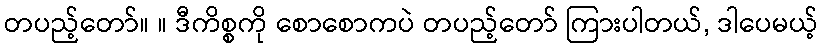
တပည့်တော်။ ။ ဒီကိစ္စကို စောစောကပဲ တပည့်တော် ကြားပါတယ်, ဒါပေမယ့်